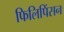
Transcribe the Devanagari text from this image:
फिलिपिंसन